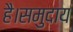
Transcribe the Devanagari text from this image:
है।समुदाय